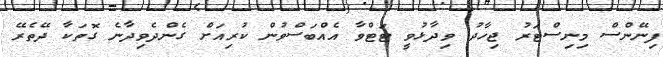
ފިނޭންސް މިނިސްޓަރު ޖިހާދު ވިދާޅުވީ ޓަޓްވާ އެއްބަސްވުން ކުރިއަށް ގެންދެވިދާނެ ގޮތަކާ ދޭތެރޭ